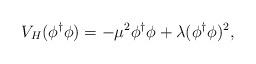
LaTeX: \begin{align*}V_{H} (\phi^{\dagger} \phi) =- \mu^2 \phi^{\dagger} \phi + \lambda (\phi^{\dagger} \phi)^2 ,\end{align*}